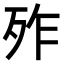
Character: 𣧫